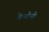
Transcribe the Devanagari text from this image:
मेन्गोनी